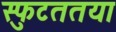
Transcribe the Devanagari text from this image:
स्फुटततया